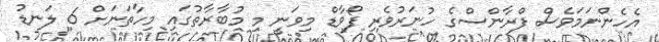
އެހެންނަމަވެސް ފްރާންސްގެ ހުނަރުވެރި ފޯވާޑް މިވަނީ މި މުބާރާތުގައި މިހާތަނަށް 6 ލަނޑު